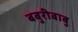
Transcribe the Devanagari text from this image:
बबुरीबाबु